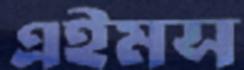
এইমস